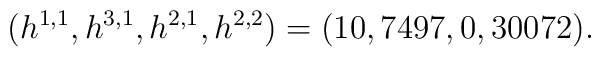
(h^{1,1},h^{3,1},h^{2,1},h^{2,2})=(10,7497,0,30072).